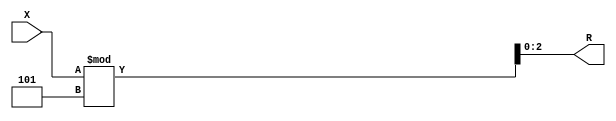
module div_64_5( X, R);//, R);


input  [64:1] X;
//output [62:1] Q; 
output [3:1] R;

//assign Q = X / 5;

assign R = X % 5;


endmodule